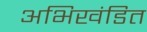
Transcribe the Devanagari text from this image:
अभिखंडित